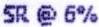
SR @ 6%